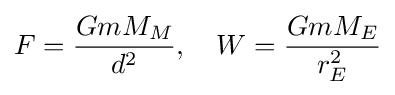
F={\frac {GmM_{M}}{d^{2}}},\quad W={\frac {GmM_{E}}{r_{E}^{2}}}